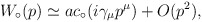
\begin{align*}W_\circ(p) \simeq ac_\circ(i\gamma_\mu p^\mu) +O(p^2),\end{align*}